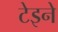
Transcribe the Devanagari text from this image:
टेइने